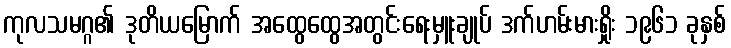
ကုလသမဂ္ဂ၏ ဒုတိယမြောက် အထွေထွေအတွင်းရေးမှူးချုပ် ဒက်ဟမ်းမားရှိုး ၁၉၆၁ ခုနှစ်